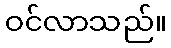
ဝင်လာသည်။